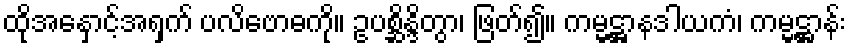
ထိုအနှောင့်အရှက် ပလိဗောဓကို။ ဥပစ္ဆိန္ဒိတွာ၊ ဖြတ်၍။ ကမ္မဋ္ဌာနဒါယကံ၊ ကမ္မဋ္ဌာန်း